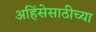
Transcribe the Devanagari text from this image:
अहिंसेसाठीच्या